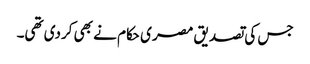
جس کی تصدیق مصر ی حکام نے بھی کردی تھی۔